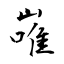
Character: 嶉